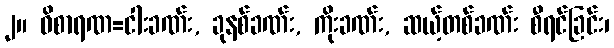
၂။ ဝိစာရဏ=ငါးခဏ်း, ခုနစ်ခဏ်း, ကိုးခဏ်း, ဆယ့်တစ်ခဏ်း စီရင်ခြင်း၊